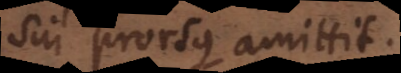
sui prorsus amittit.